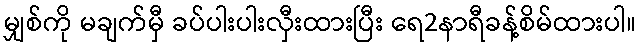
မျှစ်ကို မချက်မှီ ခပ်ပါးပါးလှီးထားပြီး ရေ2နာရီခန့်စိမ်ထားပါ။